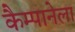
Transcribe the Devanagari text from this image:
कैम्पानेला